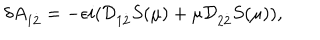
\delta A _ { 1 { \dot { 2 } } } = - \epsilon i ( { \cal D } _ { 1 { \dot { 2 } } } S ( \mu ) + \mu { \cal D } _ { 2 { \dot { 2 } } } S ( \mu ) ) ,